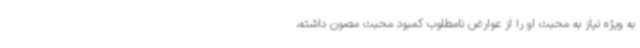
به ویژه نیاز به محبت او را از عوارض نامطلوب کمبود محبت مصون داشته،